65_HS1-834228961_62-HQ-83894_Serial_130
Agency: FBI
Page 64
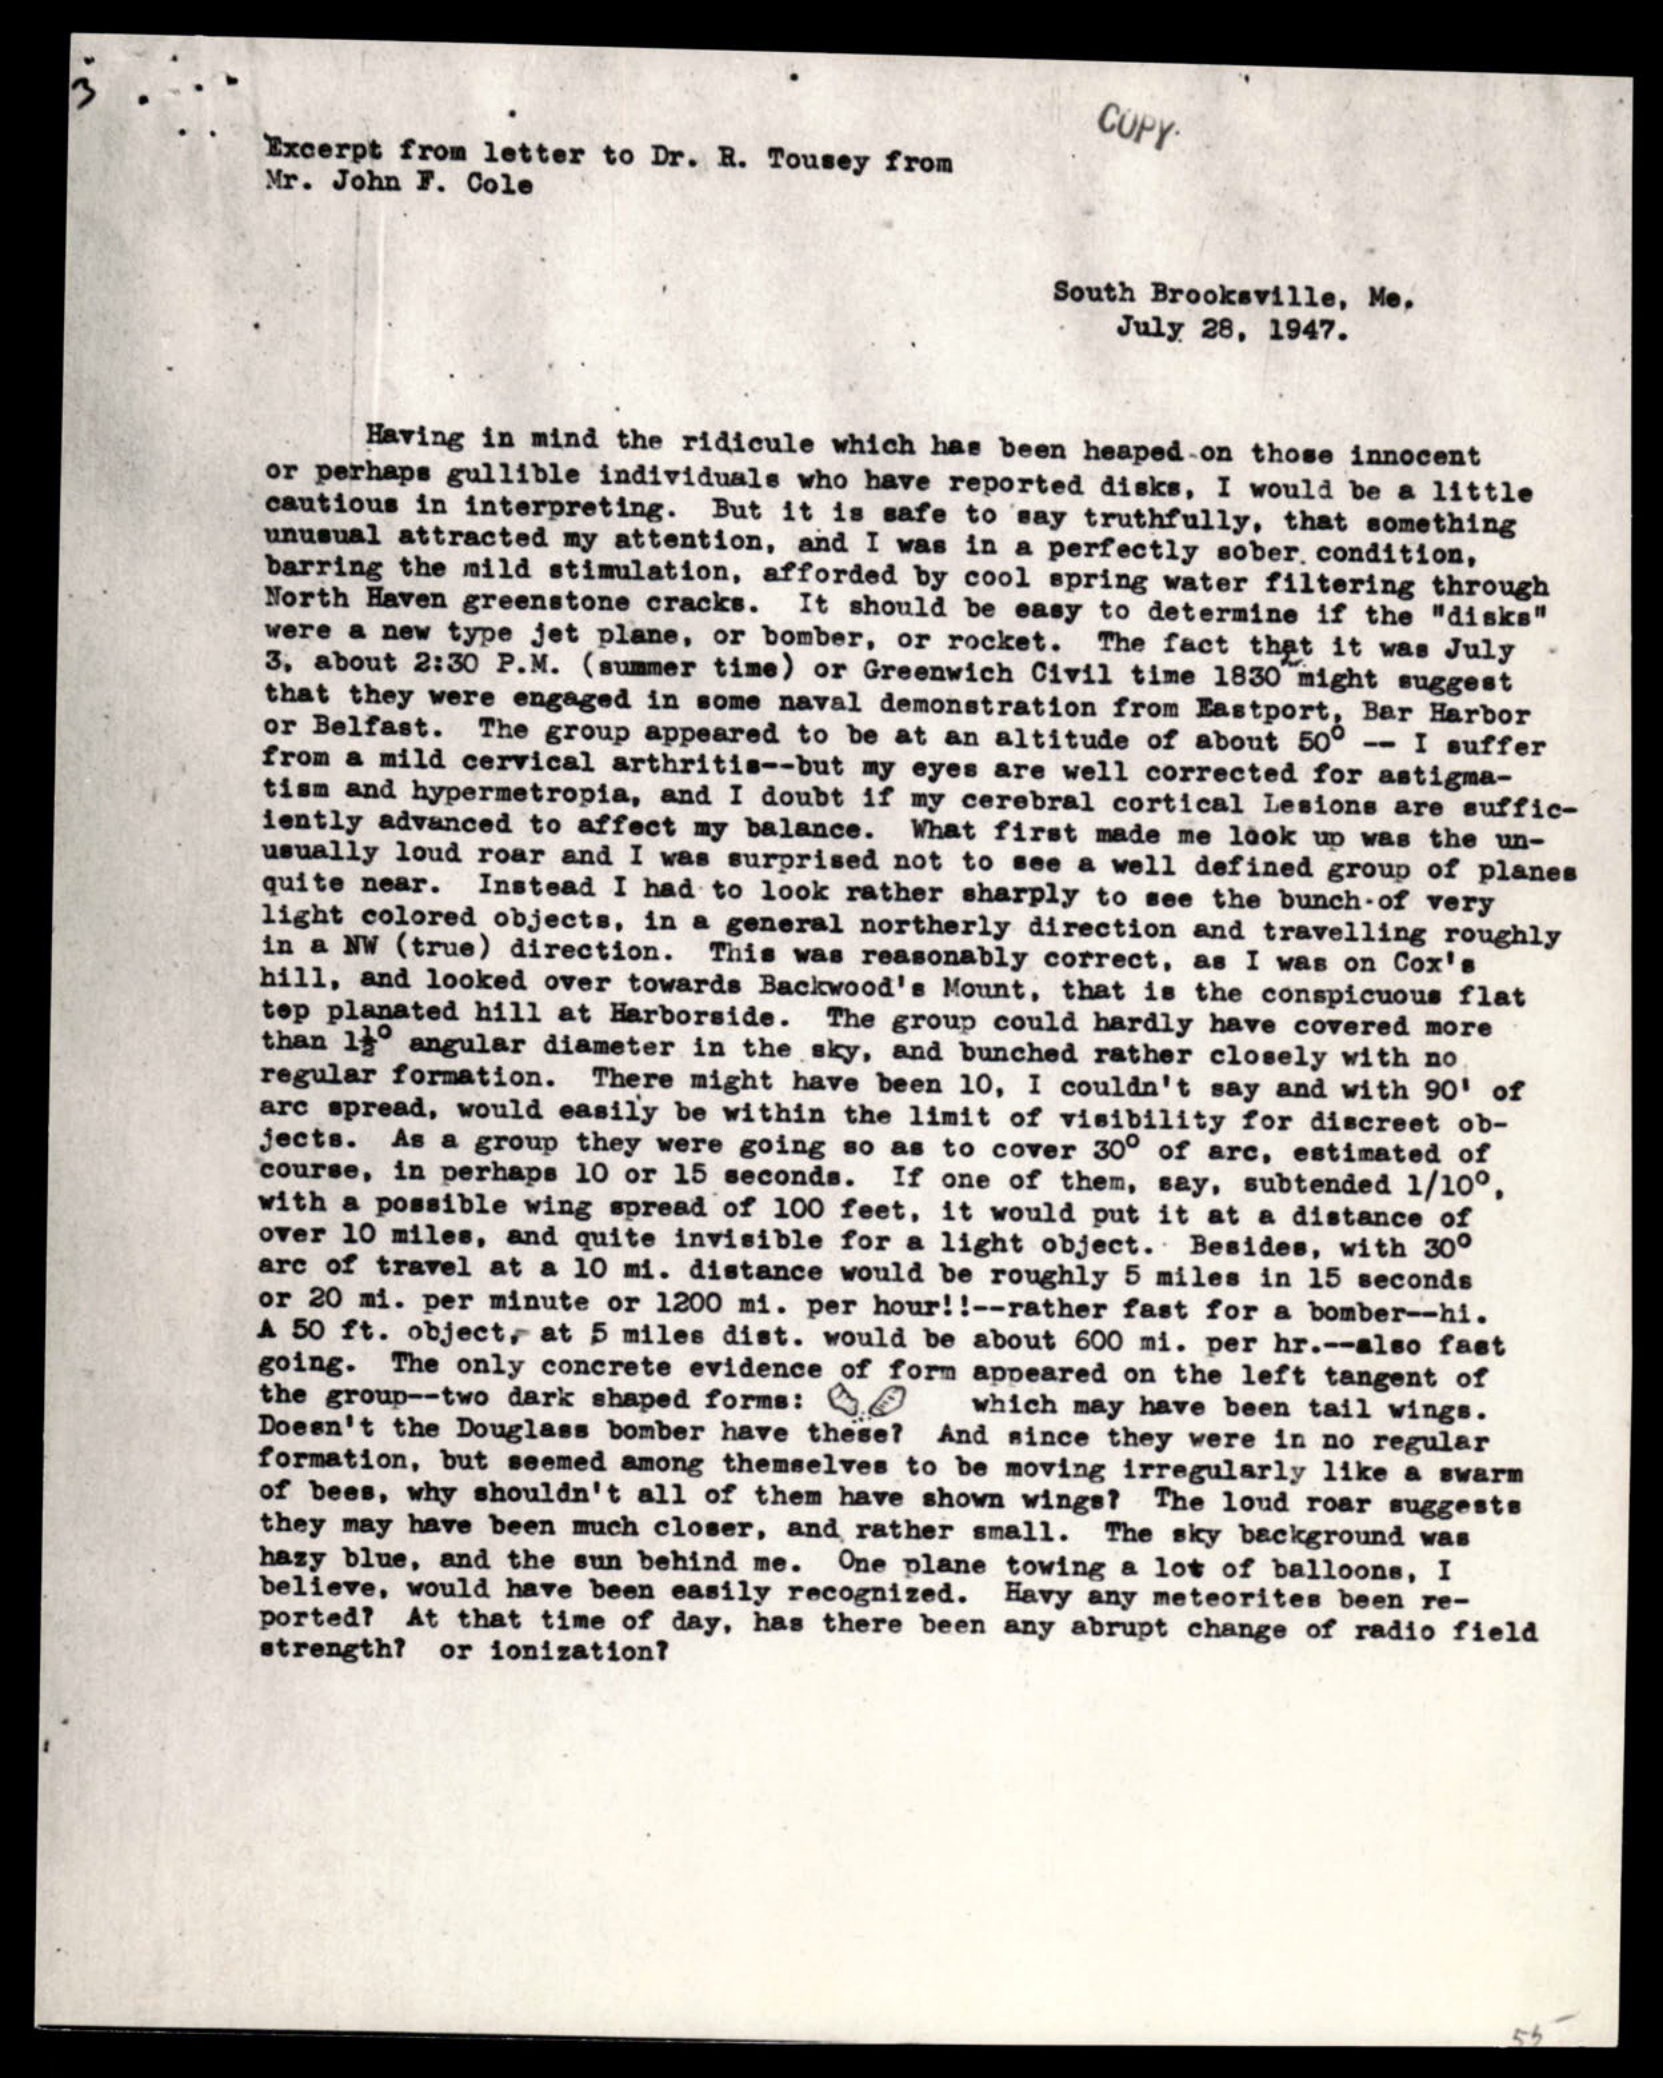